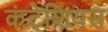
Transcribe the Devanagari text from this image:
कंटेशियस